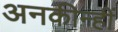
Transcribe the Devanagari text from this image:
अनकीन्‍हीं